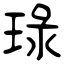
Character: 琭